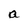
Character: a